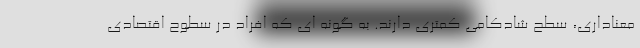
معناداری، سطح شادکامی کمتری دارند. به گونه ای که افراد در سطوح اقتصادی